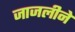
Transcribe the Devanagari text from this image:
जाजलीने